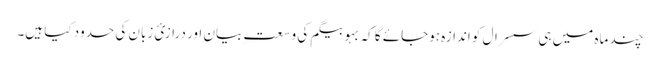
چند ماہ میں ہی سسرال کو اندازہ ہوجائے گا کہ بہو بیگم کی وسعتِ بیان اور درازیٔ زبان کی حدود کیا ہیں۔